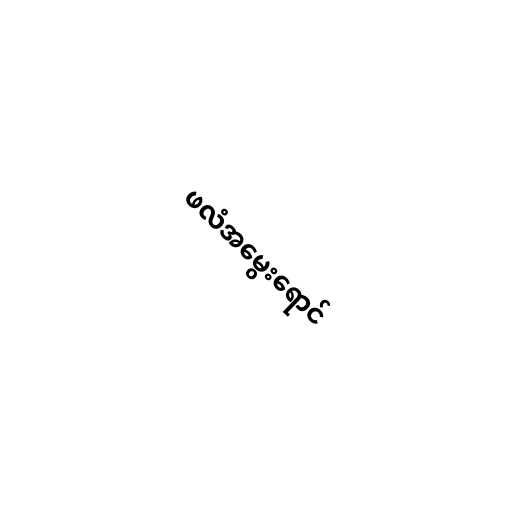
ဖလံအမွေးရောင်